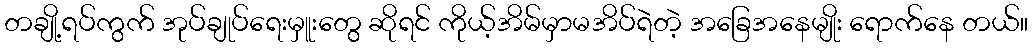
တချို့ရပ်ကွက် အုပ်ချုပ်ရေးမှူးတွေ ဆိုရင် ကိုယ့်အိမ်မှာမအိပ်ရဲတဲ့ အခြေအနေမျိုး ရောက်နေ တယ်။